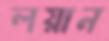
লয়ান